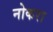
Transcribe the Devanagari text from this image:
नोकरा